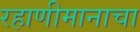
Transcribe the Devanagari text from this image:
रहाणीमानाचा